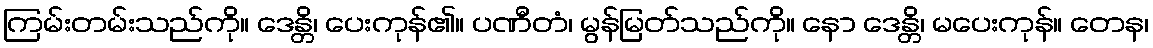
ကြမ်းတမ်းသည်ကို။ ဒေန္တိ၊ ပေးကုန်၏။ ပဏီတံ၊ မွန်မြတ်သည်ကို။ နော ဒေန္တိ၊ မပေးကုန်။ တေန၊